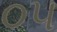
૦૫